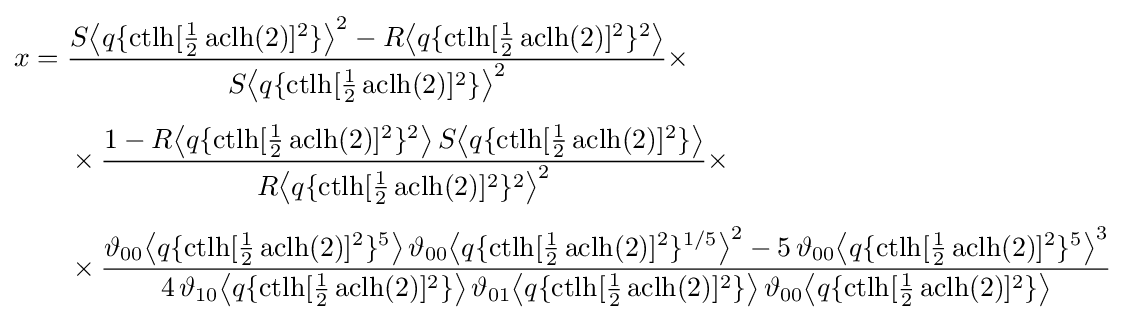
{\begin{aligned}x={}&{\frac {S{\bigl \langle }q\{\operatorname {ctlh} [{\tfrac {1}{2}}\operatorname {aclh} (2)]^{2}\}{\bigr \rangle }^{2}-R{\bigl \langle }q\{\operatorname {ctlh} [{\tfrac {1}{2}}\operatorname {aclh} (2)]^{2}\}^{2}{\bigr \rangle }}{S{\bigl \langle }q\{\operatorname {ctlh} [{\tfrac {1}{2}}\operatorname {aclh} (2)]^{2}\}{\bigr \rangle }^{2}}}\times \\[4pt]&{}\times {\frac {1-R{\bigl \langle }q\{\operatorname {ctlh} [{\tfrac {1}{2}}\operatorname {aclh} (2)]^{2}\}^{2}{\bigr \rangle }\,S{\bigl \langle }q\{\operatorname {ctlh} [{\tfrac {1}{2}}\operatorname {aclh} (2)]^{2}\}{\bigr \rangle }}{R{\bigl \langle }q\{\operatorname {ctlh} [{\tfrac {1}{2}}\operatorname {aclh} (2)]^{2}\}^{2}{\bigr \rangle }^{2}}}\times \\[4pt]&{}\times {\frac {\vartheta _{00}{\bigl \langle }q\{\operatorname {ctlh} [{\tfrac {1}{2}}\operatorname {aclh} (2)]^{2}\}^{5}{\bigr \rangle }\,\vartheta _{00}{\bigl \langle }q\{\operatorname {ctlh} [{\tfrac {1}{2}}\operatorname {aclh} (2)]^{2}\}^{1/5}{\bigr \rangle }^{2}-5\,\vartheta _{00}{\bigl \langle }q\{\operatorname {ctlh} [{\tfrac {1}{2}}\operatorname {aclh} (2)]^{2}\}^{5}{\bigr \rangle }^{3}}{4\,\vartheta _{10}{\bigl \langle }q\{\operatorname {ctlh} [{\tfrac {1}{2}}\operatorname {aclh} (2)]^{2}\}{\bigr \rangle }\,\vartheta _{01}{\bigl \langle }q\{\operatorname {ctlh} [{\tfrac {1}{2}}\operatorname {aclh} (2)]^{2}\}{\bigr \rangle }\,\vartheta _{00}{\bigl \langle }q\{\operatorname {ctlh} [{\tfrac {1}{2}}\operatorname {aclh} (2)]^{2}\}{\bigr \rangle }}}\end{aligned}}